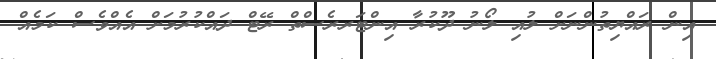
އިން ރައްޔިތުންނަށް ލުއި ލޯނު ދޫކުރާ އިންޓަރރެސްތް ރޭޓް ދައްކުރުމަށް އެއްވެސް ކަމެއް